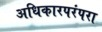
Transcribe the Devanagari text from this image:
अधिकारपरंपरा